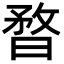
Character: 暓